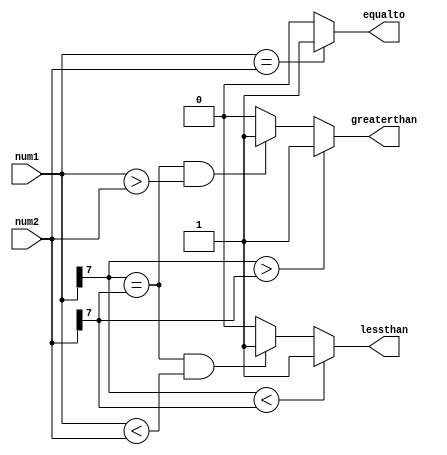
module SignedMagnitudeComparator (
    input signed [7:0] num1,
    input signed [7:0] num2,
    output greaterthan,
    output equalto,
    output lessthan
);

assign greaterthan = (num1[7] > num2[7]) ? 1 :
                     ((num1[7] == num2[7]) && (num1 > num2)) ? 1 : 0;

assign equalto = (num1 == num2) ? 1 : 0;

assign lessthan = (num1[7] < num2[7]) ? 1 :
                 ((num1[7] == num2[7]) && (num1 < num2)) ? 1 : 0;

endmodule